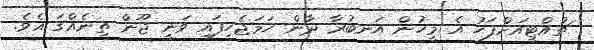
ޗުއްޓީއަށްފަހު އެ މީހުން އަނބުރާ ދާން ހަމަޖެހިފައި ވަނީ ޖޫން ތިނެއްގަ އެވެ.